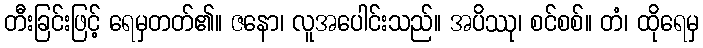
တီးခြင်းဖြင့် ရေမှတတ်၏။ ဇနော၊ လူအပေါင်းသည်။ အပိဿု၊ စင်စစ်။ တံ၊ ထိုရေမှ